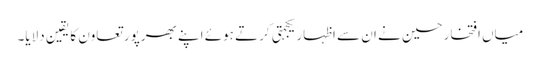
میاں افتخارحسین نے ان سے اظہار یکجہتی کرتے ہوئے اپنے بھرپور تعاون کا یقین دلایا۔